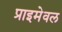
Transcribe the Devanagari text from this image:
प्राइमेवल